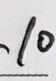
\cdot 1 0